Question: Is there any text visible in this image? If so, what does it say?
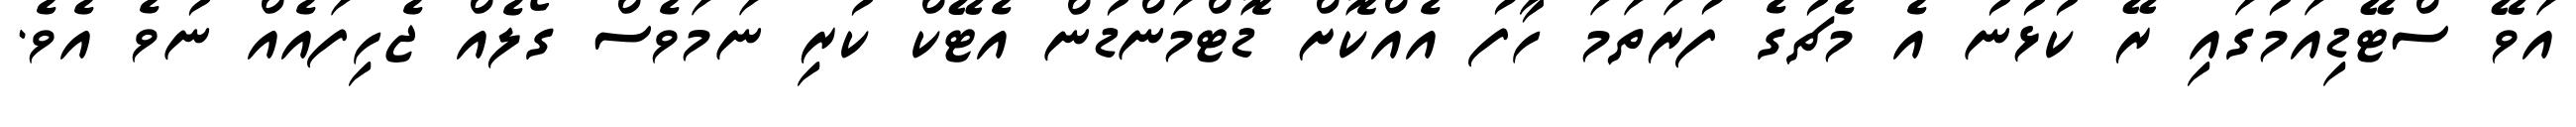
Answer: އަވޭ ސްޓޭޑިއަމުގައި ރޭ ކުޅުނު އެ މެޗުގެ ފުރަތަމަ ހާފު އެއްކޮށް ޑޮޓްމަންޑުން އެޓޭކް ކުރި ނަމަވެސް ގޯލެއް ޖެހިފައެއް ނުވެ އެވެ.